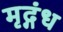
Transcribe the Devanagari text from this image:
मृद्गंध